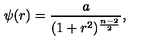
\psi ( r ) = { \frac { a } { ( 1 + r ^ { 2 } ) ^ { \frac { n - 2 } { 2 } } } } ,